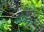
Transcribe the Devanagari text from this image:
स्प्रेगन